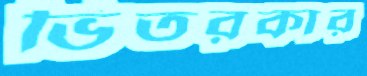
ভিতরকার